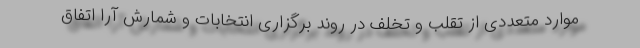
موارد متعددی از تقلب و تخلف در روند برگزاری انتخابات و شمارش آرا اتفاق